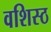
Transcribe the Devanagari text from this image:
वशिस्ठ